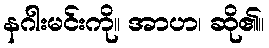
နဂါးမင်းကို။ အာဟ၊ ဆို၏။